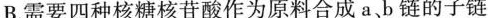
B.需要四种核糖核苷酸作为原料合成a b链的子链